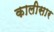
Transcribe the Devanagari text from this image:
कालीसार